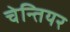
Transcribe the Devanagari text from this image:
चेन्तियर